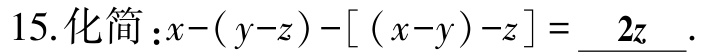
15. 化简：\(x-(y - z)-[(x - y)-z]=\underline{2z}\).